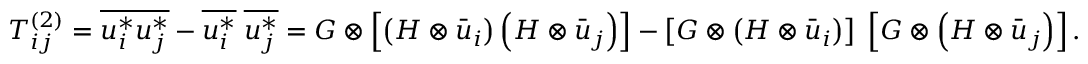
T _ { i j } ^ { \left( 2 \right) } = \overline { { u _ { i } ^ { * } u _ { j } ^ { * } } } - \overline { { u _ { i } ^ { * } } } \; \overline { { u _ { j } ^ { * } } } = G \otimes \left[ { \left( { H \otimes { { \bar { u } } _ { i } } } \right) \left( { H \otimes { { \bar { u } } _ { j } } } \right) } \right] - \left[ { G \otimes \left( { H \otimes { { \bar { u } } _ { i } } } \right) } \right] \; \left[ { G \otimes \left( { H \otimes { { \bar { u } } _ { j } } } \right) } \right] .